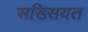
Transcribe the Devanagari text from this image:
सख्सियत